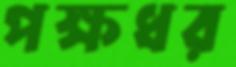
পক্ষধর